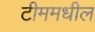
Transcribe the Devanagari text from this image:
टीममधील